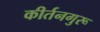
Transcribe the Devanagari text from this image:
कीर्तनगुरू